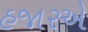
હજારએ